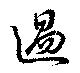
過